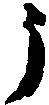
う